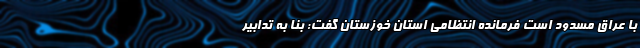
با عراق مسدود است فرمانده انتظامی استان خوزستان گفت: بنا به تدابیر